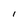
Character: l